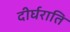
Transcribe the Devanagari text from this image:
दीर्घराति